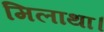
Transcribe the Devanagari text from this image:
मिलाथा।